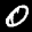
Label: 0